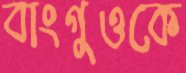
বাংগুওকে